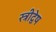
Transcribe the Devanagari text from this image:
स्त्रीद्वेष